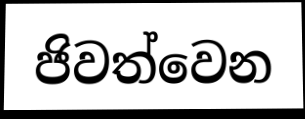
ජිවත්වෙන